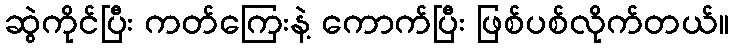
ဆွဲကိုင်ပြီး ကတ်ကြေးနဲ့ ကောက်ပြီး ဖြစ်ပစ်လိုက်တယ်။